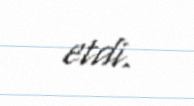
etdi.